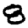
Digit: 8